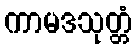
ကာမဒသုတ္တံ